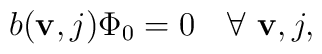
b({\bf v},j)\Phi_0=0\quad \forall\,\, {\bf v},j,